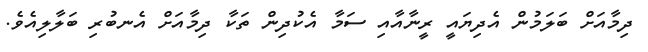
ދިމާއަށް ބަލަމުން އެދިޔައީ ރީނާއާއި ސަމާ އެކުދިން ތަކާ ދިމާއަށް އެނބުރި ބަލާލިއެވެ.